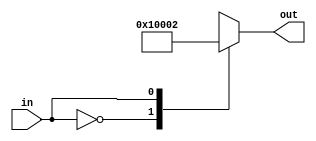
module demux_1_to_16(input wire in, output reg [15:0] out);

always @(*)
begin
    case(in)
        4'b0000: out = 16'b0000000000000001;
        4'b0001: out = 16'b0000000000000010;
        4'b0010: out = 16'b0000000000000100;
        4'b0011: out = 16'b0000000000001000;
        4'b0100: out = 16'b0000000000010000;
        4'b0101: out = 16'b0000000000100000;
        4'b0110: out = 16'b0000000001000000;
        4'b0111: out = 16'b0000000010000000;
        4'b1000: out = 16'b0000000100000000;
        4'b1001: out = 16'b0000001000000000;
        4'b1010: out = 16'b0000010000000000;
        4'b1011: out = 16'b0000100000000000;
        4'b1100: out = 16'b0001000000000000;
        4'b1101: out = 16'b0010000000000000;
        4'b1110: out = 16'b0100000000000000;
        4'b1111: out = 16'b1000000000000000;
    endcase
end

endmodule